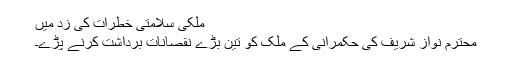
ملکی سلامتی خطرات کی زد میں
محترم نواز شریف کی حکمرانی کے ملک کو تین بڑے نقصانات برداشت کرنے پڑے۔